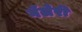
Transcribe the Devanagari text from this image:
गॅलेरी